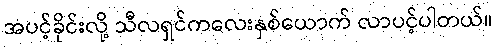
အပင့်ခိုင်းလို့ သီလရှင်ကလေးနှစ်ယောက် လာပင့်ပါတယ်။